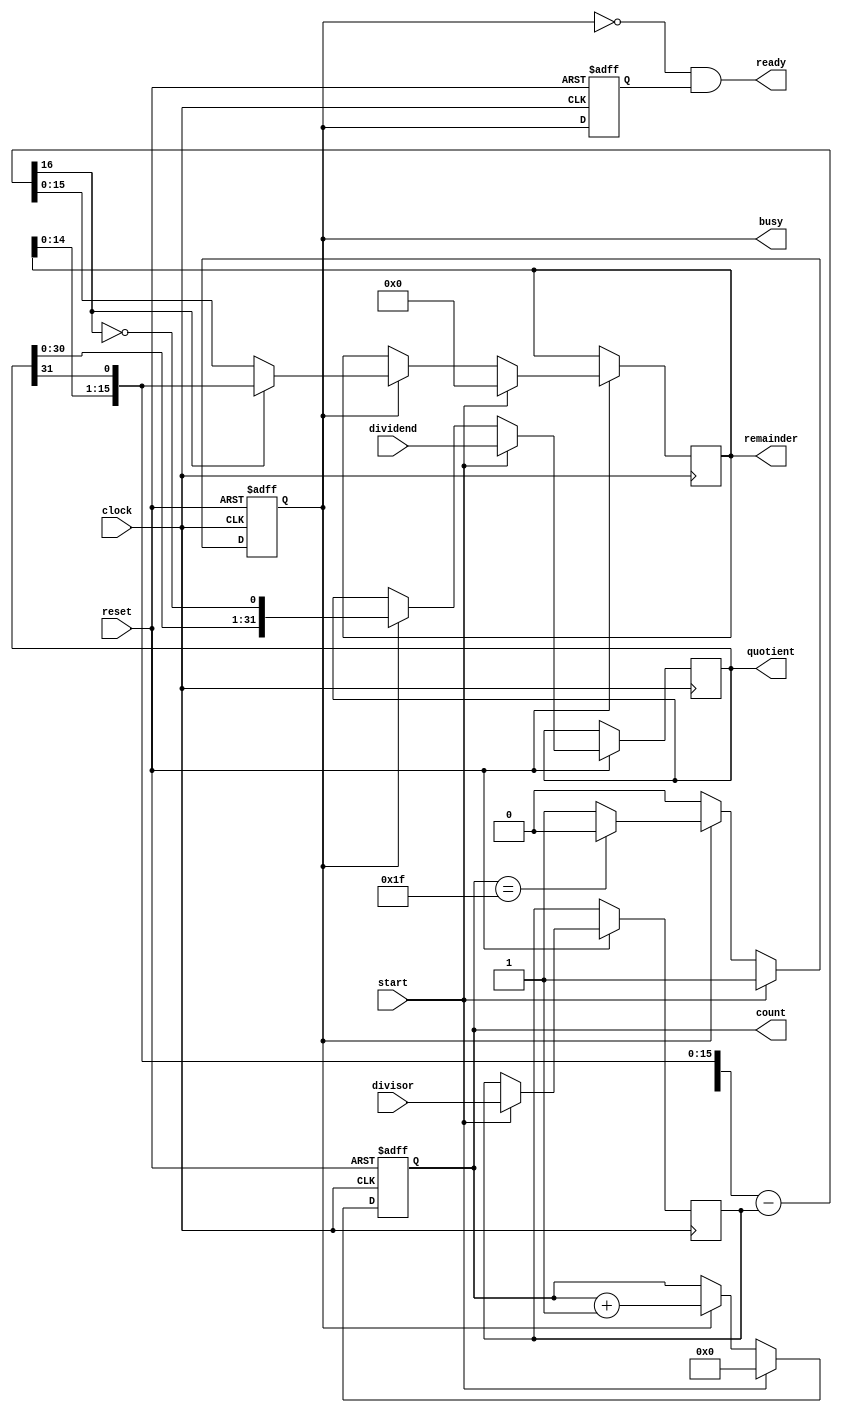
module divide32_unsigned_restoring_remainder(quotient, remainder, ready, busy, count, dividend, divisor, start, clock, reset);
   input 	reset; 
   // in simulation, use reset negedge to initialize the state registers of division server(count, busy, busy2).
   // the negedge reset appears only ONCE for one division.
   input 	start;
   // in simulation, start = 1 to begin division operation.
   // the case, start = 1, holds for only ONE cycle (immediately after the cycle of negedge reset) .
   input 	clock;
   
   input [31:0] dividend;
   input [15:0] divisor;

   output 	 busy; 
    // in simulation, busy = 1 indicates division server is busy and can't receive new division operands(dividend, divisor) further
   output [4:0]  count;
    // in simulation, count tells the number of subtraction interation in division. 
   // when count = 5'h1F, division server completes subtraction.
   output 	 ready;
    // in simulation, ready = 1 tells the division client the division result is ready

   reg [4:0] 	 count;
   reg 		 busy; 

   output [31:0] quotient;
   output [15:0] remainder;

   reg 		 busy2;
   // ********************************
   // busy2 is used for generating 1-cycle ready.
   // i.e., ready = 1 holds for only ONE cycle.
   //  ready = ~busy & busy2.
   // ********************************

   reg [31:0] 	 reg_quotient;
   reg [15:0] 	 reg_remainder;
   reg [15:0] 	 reg_divisor;
   
   wire [16: 0]  difference;
   wire [15: 0]  restoring_remainder;

   assign difference = {remainder, quotient[31]} - {1'b0, reg_divisor};
   assign restoring_remainder = difference[16] ? {remainder[14:0], quotient[31]} : difference[15:0];
   assign quotient = reg_quotient;
   assign remainder = reg_remainder;
   assign ready = ~busy & busy2; // generate 1-cycle ready

   always @ (posedge clock or negedge reset)
     begin
	if(reset == 0)
	  begin
	     count <= 5'b0; // reset count
	     busy <= 0;       // set busy to 0
	     busy2 <= 0;     // set busy2 to 0
	  end
	else    // not reset
	  begin
	     busy2 <= busy;  // 1-cycle delay of busy
	     if(start == 1)              // start: 1 cycle only
	       begin
		  reg_remainder <= 16'h0;    // reset remainder
		  reg_quotient <= dividend; // load dividend
		  reg_divisor <= divisor;       // load divisor
		  count <= 5'b0;                    // set count to 0
		  busy <= 1'b1;                     // set busy to 1
	       end
	     else
	       if(busy == 1)                                  // execution: 32 cycles
		 begin
		    reg_remainder <= restoring_remainder;
		    reg_quotient <= {reg_quotient[30:0], ~difference[16]};
		    count <= count + 5'b00001; // count++
		    if(count == 5'h1F)
		      busy <= 0;    // finish
		 end
	  end
     end // always @ (posedge clock or negedge reset)

endmodule // divide32_unsigned_restoring_remainder